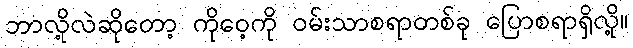
ဘာလို့လဲဆိုတော့ ကိုဝေ့ကို ဝမ်းသာစရာတစ်ခု ပြောစရာရှိလို့။